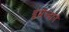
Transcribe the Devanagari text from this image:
इमेल्दाने